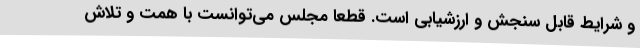
و شرایط قابل سنجش و ارزشیابی است. قطعا مجلس می‌توانست با همت و تلاش